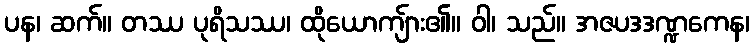
ပန၊ ဆက်။ တဿ ပုရိသဿ၊ ထိုယောကျ်ား၏။ ဝါ၊ သည်။ အဇပဒဒဏ္ဍကေန၊